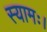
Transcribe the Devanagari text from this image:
स्यामः।